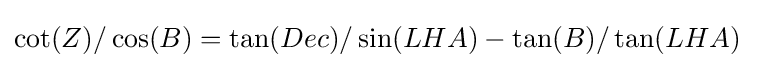
\cot(Z)/\cos(B)=\tan(Dec)/\sin(LHA)-\tan(B)/\tan(LHA)\;